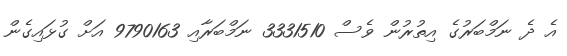
އެ ދެ ނަމްބަރުގެ އިތުރުން ވެސް 3331510 ނަމްބަރާއި 9790163 އަށް ގުޅައިގެން